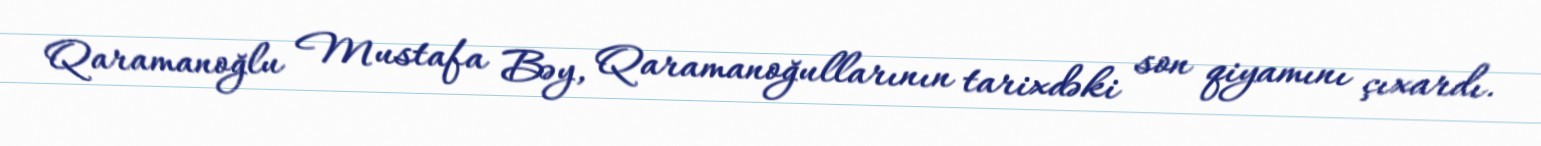
Qaramanoğlu Mustafa Bəy, Qaramanoğullarının tarixdəki son qiyamını çıxardı.